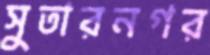
সুতারনগর